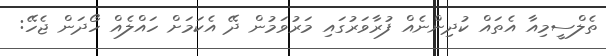
ތެލްސީމިއާ އެތައް ކުދިންނެއް ފުރާވަރުގައި މަރުވަމުން ދޭ އެކަމަށް ހައްލެއް ހޯދަން ޖެހޭ: